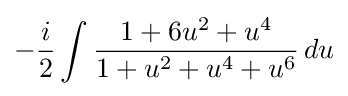
-{\frac {i}{2}}\int {\frac {1+6u^{2}+u^{4}}{1+u^{2}+u^{4}+u^{6}}}\,du